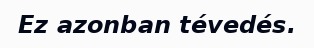
Ez azonban tévedés.